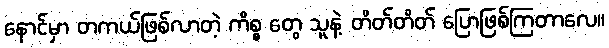
နောင်မှာ တကယ်ဖြစ်လာတဲ့ ကိစ္စ တွေ သူနဲ့ တိတ်တိတ် ပြောဖြစ်ကြတာလေ။